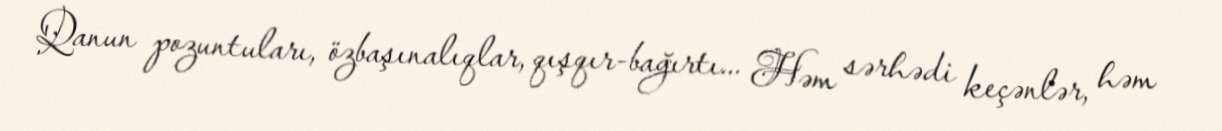
Qanun pozuntuları, özbaşınalıqlar, qışqır-bağırtı... Həm sərhədi keçənlər, həm